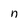
Character: n